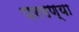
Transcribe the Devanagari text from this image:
परगण्या